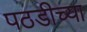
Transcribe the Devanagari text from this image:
पठडीच्या